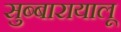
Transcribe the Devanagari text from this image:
सुब्बारायालू